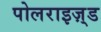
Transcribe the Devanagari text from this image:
पोलराइज़्ड